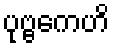
ပုဗ္ဗကေဟိ